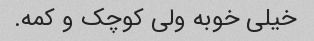
خیلی خوبه ولی کوچک و کمه.